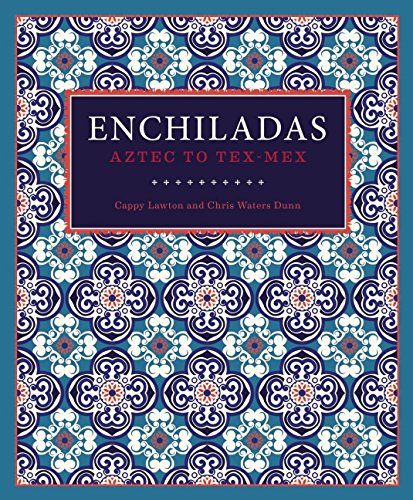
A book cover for Enchiladas: Aztec to Tex-Mex; Cappy Lawton; Cookbooks, Food & Wine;